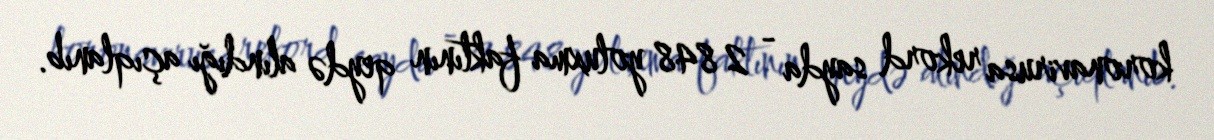
koronavirusa rekord sayda - 2 848 yoluxma faktının qeydə alındığı açıqlanıb.